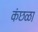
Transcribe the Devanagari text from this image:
कंछळा